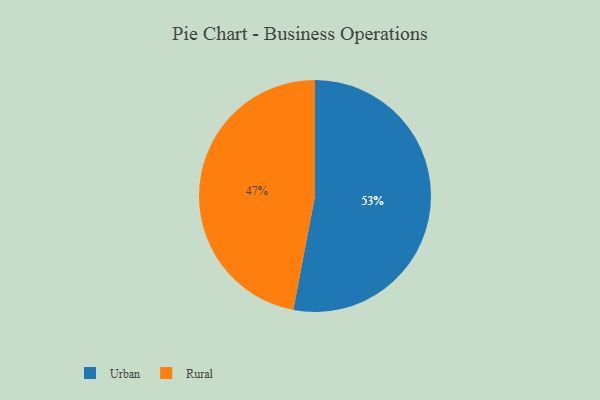
{"axis": {"x": "Category", "y": "Percentage"}, "legend": ["Rural", "Urban"], "data": [{"x": "Rural", "y": 47, "type": "Rural"}, {"x": "Urban", "y": 53, "type": "Urban"}]}